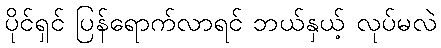
ပိုင်ရှင် ပြန်ရောက်လာရင် ဘယ်နှယ့် လုပ်မလဲ